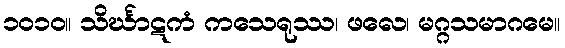
၁၀၁၀။ သိင်္ဃာဋကံ ကသေရုဿ၊ ဖလေ၊ မဂ္ဂသမာဂမေ။